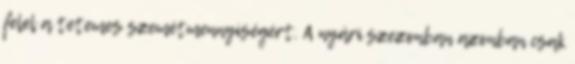
felel a tetemes szemétmennyiségért. A nyári szezonban azonban csak